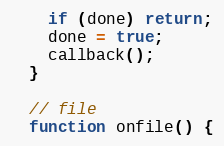
Language: JavaScript
    if (done) return;
    done = true;
    callback();
  }

  // file
  function onfile() {